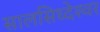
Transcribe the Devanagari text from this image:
सालसिध्‍देश्‍वर